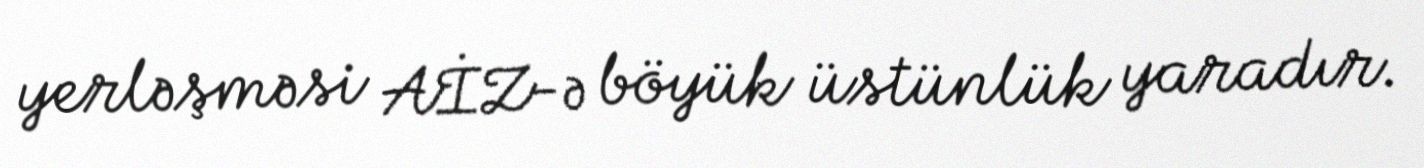
yerləşməsi AİZ-ə böyük üstünlük yaradır.